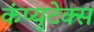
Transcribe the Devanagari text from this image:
कंप्युटेक्स